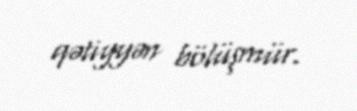
qətiyyən bölüşmür.